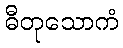
ဓီတုသောကံ